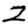
Digit: 2